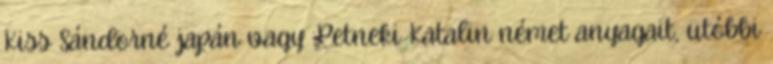
Kiss Sándorné japán vagy Petneki Katalin német anyagait, utóbbi